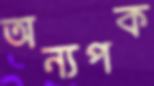
অন্যপক